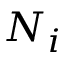
N _ { i }